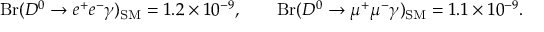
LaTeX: \mathrm { B r } ( D ^ { 0 } \to e ^ { + } e ^ { - } \gamma ) _ { \mathrm { S M } } = 1 . 2 \times 1 0 ^ { - 9 } , \qquad \mathrm { B r } ( D ^ { 0 } \to \mu ^ { + } \mu ^ { - } \gamma ) _ { \mathrm { S M } } = 1 . 1 \times 1 0 ^ { - 9 } .